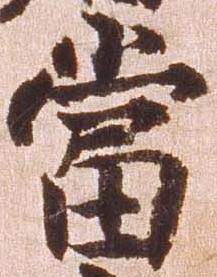
当